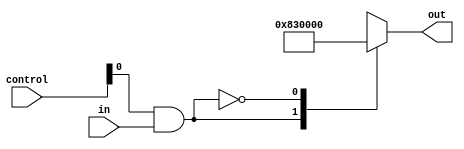
/* verilator lint_off REALCVT */

// FROM General Instruments AY-3-8910 / 8912 Programmable Sound Generator (PSG) data Manual.
// Section 3.7 D/A Converter Operation
// 
// Steps from the diagram: 1V, .707V, .5V, .303V (?), .25V, .1515V (?), .125V .. (not specified) .. 0V


// https://github.com/lvd2/ay-3-8910_reverse_engineered/blob/master/rtl/render/aytab.v
// v/0xFFFF for v in [0x0000, 0x0290, 0x03B0, 0x0560, 0x07E0, 0x0BB0, 0x1080, 0x1B80, 0x2070, 0x3480, 0x4AD0, 0x5F70, 0x7E10, 0xA2A0, 0xCE40, 0xFFFF]]

// assign tbl[ 0] = 12'h000;
// assign tbl[ 1] = 12'h029;      // 0,010009918364233
// assign tbl[ 2] = 12'h03B;      // 0,014404516670481
// assign tbl[ 3] = 12'h056;      // 0,021054242215592
// assign tbl[ 4] = 12'h07E;      // 0,030846913013541
// assign tbl[ 5] = 12'h0BB;      // 0,045780735980415
// assign tbl[ 6] = 12'h108;      // 0,064631627266468
// assign tbl[ 7] = 12'h1B8;      // 0,107719378777446
// assign tbl[ 8] = 12'h207;      // 0,127059903603397
// assign tbl[ 9] = 12'h348;      // 0,205646086756943
// assign tbl[10] = 12'h4AD;      // 0,293045673628644
// assign tbl[11] = 12'h5F7;      // 0,373835207711728
// assign tbl[12] = 12'h7E1;      // 0,493795424986612
// assign tbl[13] = 12'hA2A;      // 0,637013235406625
// assign tbl[14] = 12'hCE4;      // 0,807895340830847
// assign tbl[15] = 12'hFFF;

// 0.0,
// 0.010009918364232854,
// 0.014404516670481423,
// 0.020996414129854278,
// 0.030762188143739988,
// 0.04565499351491569,
// 0.06445410849164569,
// 0.10742351415274282,
// 0.12671091783016708,
// 0.2050812542915999,
// 0.2922407873655299,
// 0.372808422980087,
// 0.49243915465018695,
// 0.6352635996032654,
// 0.8056763561455711,
// 1.

// struct ay_ym_param
//     {
//         double r_up;
//         double r_down;
//         int    res_count;
//         double res[32];
//     };

// static const ay8910_device::ay_ym_param ay8910_param =
// {
//     800000, 8000000,
//     16,
//     { 15950, 15350, 15090, 14760, 14275, 13620, 12890, 11370,
//         10600,  8590,  7190,  5985,  4820,  3945,  3017,  2345 }
// };


// The AY-3-8910 has 16-steps that are -3.0dB apart,
//    -- and the YM-2149 has 32-steps that are -1.5dB apart.

// -- ln10 = Natural logarithm of 10, ~= 2.302585
// -- amp  = Amplitude in voltage, 0.2, 1.45, etc.
// -- dB   = decibel value in dB, -1.5, -3, etc.
// --
// -- dB  = 20 * log(amp) / ln10
// -- amp = 10 ^ (dB / 20)
// --
// -- -1.5dB = 0.8413951416
// -- -2.0dB = 0.7943282347
// -- -3.0dB = 0.7079457843

// YM-2149 datasheet reference values according to https://github.com/dnotq/ym2149_audio/blob/master/rtl/ym2149_audio.vhd
// -- 1V reference values based on the datasheet:
// --
// -- 1.0000, 0.8414, 0.7079, 0.5957, 0.5012, 0.4217, 0.3548, 0.2985,
// -- 0.2512, 0.2113, 0.1778, 0.1496, 0.1259, 0.1059, 0.0891, 0.0750,
// -- 0.0631, 0.0531, 0.0447, 0.0376, 0.0316, 0.0266, 0.0224, 0.0188,
// -- 0.0158, 0.0133, 0.0112, 0.0094, 0.0079, 0.0067, 0.0056, 0.0047
//    x"000",x"017",x"01B",x"021",x"027",x"02E",x"037",x"041",
//    x"04D",x"05C",x"06D",x"081",x"09A",x"0B7",x"0D9",x"102",
//    x"133",x"16D",x"1B2",x"204",x"265",x"2D8",x"361",x"405",
//    x"4C7",x"5AD",x"6BF",x"804",x"987",x"B53",x"D76",x"FFF");

// @TODO: perhaps rename to volume or amplitude to match AY manuals
// @TODO: python script and convert MAME params into amplitude levels, compare with lvd version

module attenuation_ay #( parameter CONTROL_BITS = 4, parameter VOLUME_BITS = 15 ) (
    input  wire in,
    input  wire [CONTROL_BITS-1:0] control,
    output reg  [VOLUME_BITS-1:0] out
);
	wire a = control & {CONTROL_BITS{in}};
    localparam real MAX_VOLUME = (1 << VOLUME_BITS) - 1;
    `define ATLEAST1(i) ($rtoi(i)>1 ? $rtoi(i) : 1)
    always @(*) begin
        case(a)

            // // https://github.com/lvd2/ay-3-8910_reverse_engineered/blob/master/rtl/render/aytab.v
            // 0:  out =                        0;
            // 1:  out = `ATLEAST1(MAX_VOLUME * 0.010009918364233);
            // 2:  out = `ATLEAST1(MAX_VOLUME * 0.014404516670481);
            // 3:  out = `ATLEAST1(MAX_VOLUME * 0.021054242215592);
            // 4:  out = `ATLEAST1(MAX_VOLUME * 0.030846913013541);
            // 5:  out = `ATLEAST1(MAX_VOLUME * 0.045780735980415);
            // 6:  out = `ATLEAST1(MAX_VOLUME * 0.064631627266468);
            // 7:  out = `ATLEAST1(MAX_VOLUME * 0.107719378777446);
            // 8:  out = `ATLEAST1(MAX_VOLUME * 0.127059903603397);
            // 9:  out = `ATLEAST1(MAX_VOLUME * 0.205646086756943);
            // 10: out = `ATLEAST1(MAX_VOLUME * 0.293045673628644);
            // 11: out = `ATLEAST1(MAX_VOLUME * 0.373835207711728);
            // 12: out = `ATLEAST1(MAX_VOLUME * 0.493795424986612);
            // 13: out = `ATLEAST1(MAX_VOLUME * 0.637013235406625);
            // 14: out = `ATLEAST1(MAX_VOLUME * 0.807895340830847);
            // 15: out = `ATLEAST1(MAX_VOLUME * 1.0);

            //  0: out = 12'h000;
            //  1: out = 12'h029;
            //  2: out = 12'h03B;
            //  3: out = 12'h056;
            //  4: out = 12'h07E;
            //  5: out = 12'h0BB;
            //  6: out = 12'h108;
            //  7: out = 12'h1B8;
            //  8: out = 12'h207;
            //  9: out = 12'h348;
            // 10: out = 12'h4AD;
            // 11: out = 12'h5F7;
            // 12: out = 12'h7E1;
            // 13: out = 12'hA2A;
            // 14: out = 12'hCE4;
            // 15: out = 12'hFFF;

            //  0: out = 8'h00;
            //  1: out = 8'h03;
            //  2: out = 8'h04;
            //  3: out = 8'h06;
            //  4: out = 8'h08;
            //  5: out = 8'h0C;
            //  6: out = 8'h11;
            //  7: out = 8'h1C;
            //  8: out = 8'h20;
            //  9: out = 8'h35;
            // 10: out = 8'h4B;
            // 11: out = 8'h5F;
            // 12: out = 8'h7E;
            // 13: out = 8'hA3;
            // 14: out = 8'hCE;
            // 15: out = 8'hFF;

            // YM2149, numbers from the manual, every 2nd step is taken
            // YM2149 32 steps: 1V, .841, .707, .595, .5, .42, .354, .297, .25, .21, .177, .149, .125
            15: out = `ATLEAST1(MAX_VOLUME * 1.0  );
            14: out = `ATLEAST1(MAX_VOLUME * 0.707);
            13: out = `ATLEAST1(MAX_VOLUME * 0.5  );
            12: out = `ATLEAST1(MAX_VOLUME * 0.354);
            11: out = `ATLEAST1(MAX_VOLUME * 0.25 );
            10: out = `ATLEAST1(MAX_VOLUME * 0.177);   
            9:  out = `ATLEAST1(MAX_VOLUME * 0.125);
            8:  out = `ATLEAST1(MAX_VOLUME * 0.089);
            7:  out = `ATLEAST1(MAX_VOLUME * 0.063);
            6:  out = `ATLEAST1(MAX_VOLUME * 0.045);
            5:  out = `ATLEAST1(MAX_VOLUME * 0.032);
            4:  out = `ATLEAST1(MAX_VOLUME * 0.023);
            3:  out = `ATLEAST1(MAX_VOLUME * 0.016);
            2:  out = `ATLEAST1(MAX_VOLUME * 0.012);
            1:  out = `ATLEAST1(MAX_VOLUME * 0.008);
            0:  out =                        0;
            default: out =                   0;

            // Somewhat weird numbers from the original AY-3-8190 documentation
            // 15: out = `ATLEAST1(MAX_VOLUME * 1.0);
            // 14: out = `ATLEAST1(MAX_VOLUME * 0.707);
            // 13: out = `ATLEAST1(MAX_VOLUME * 0.5);
            // 12: out = `ATLEAST1(MAX_VOLUME * 0.303);
            // 11: out = `ATLEAST1(MAX_VOLUME * 0.25);
            // 10: out = `ATLEAST1(MAX_VOLUME * 0.1515);   
            // 9:  out = `ATLEAST1(MAX_VOLUME * 0.125);
            // 8:  out = `ATLEAST1(MAX_VOLUME * 0.07575);
            // 7:  out = `ATLEAST1(MAX_VOLUME * 0.0625);
            // 6:  out = `ATLEAST1(MAX_VOLUME * 0.037875);
            // 5:  out = `ATLEAST1(MAX_VOLUME * 0.03125);
            // 4:  out = `ATLEAST1(MAX_VOLUME * 0.0189375);
            // 3:  out = `ATLEAST1(MAX_VOLUME * 0.015625);
            // 2:  out = `ATLEAST1(MAX_VOLUME * 0.00946875);
            // 1:  out = `ATLEAST1(MAX_VOLUME * 0.0078125);
            // 1:  out =                        0;
        endcase
        `undef ATLEAST1
    end
endmodule